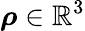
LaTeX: {\boldsymbol\rho}\in\mathbb{R}^{3}